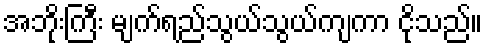
အဘိုးကြီး မျက်ရည်သွယ်သွယ်ကျကာ ငိုသည်။